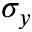
\sigma _ { y }